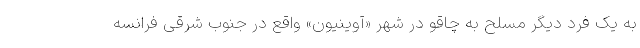
به یک فرد دیگر مسلح به چاقو در شهر «آوینیون» واقع در جنوب شرقی فرانسه